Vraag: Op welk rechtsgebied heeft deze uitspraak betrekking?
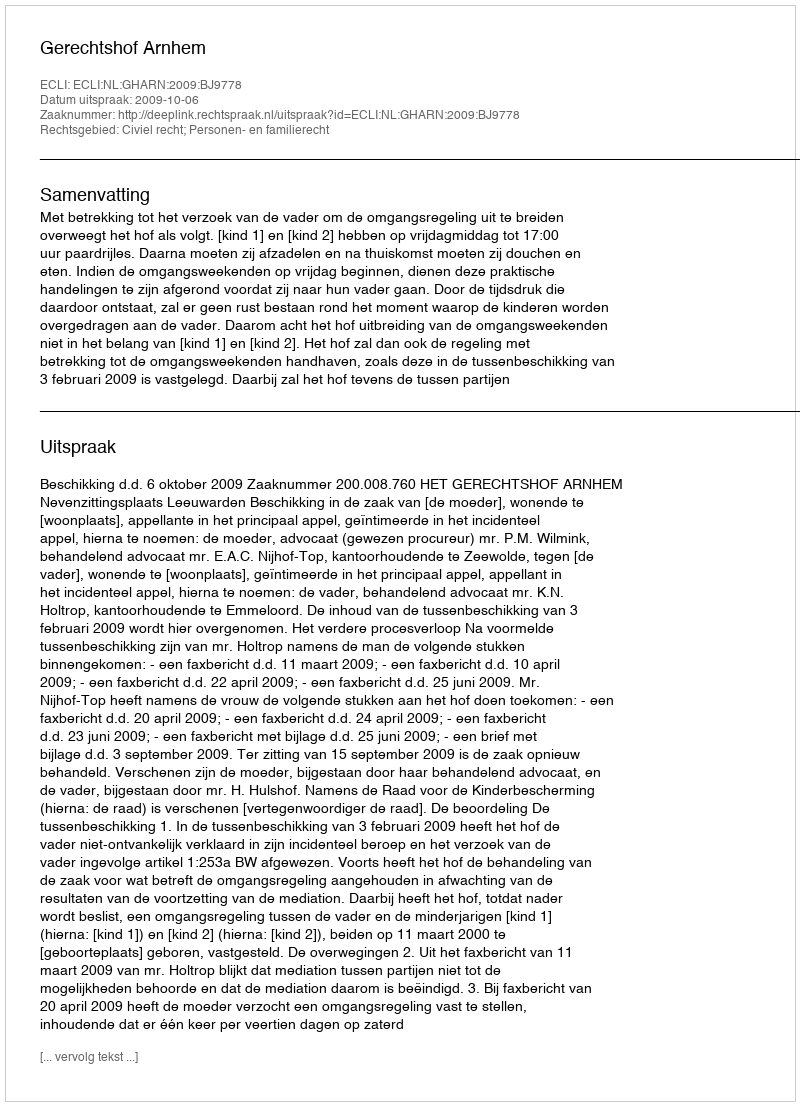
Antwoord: Civiel recht; Personen- en familierecht